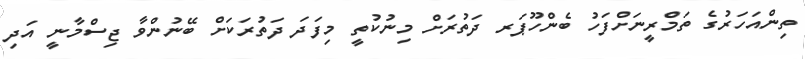
ތިންއަހަރުގެ ތަމްރީނަށްފަހު ބެންހޫޕަރ ދަތުރަށް މިނުކުތީ މިފަދަ ދަތުރަކަށް ބޭނުންވާ ޖިސްމާނީ އަދި